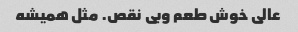
عالی خوش طعم و‌بی نقص. مثل همیشه